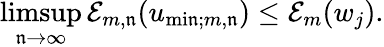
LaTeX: \operatorname*{limsup}_{\mathfrak{n}\to\infty}\mathcal{{E}}_{m,\mathfrak{n}}(u_{\mathrm{{mi\mathfrak{n}}};m,\mathfrak{n}})\leq\mathcal{{E}}_{m}(w_{j}).